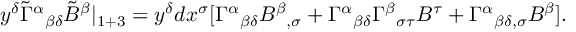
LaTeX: y ^ { \delta } \tilde { \Gamma } ^ { \alpha } { } _ { \beta \delta } \tilde { B } ^ { \beta } | _ { 1 + 3 } = y ^ { \delta } d x ^ { \sigma } [ \Gamma ^ { \alpha } { } _ { \beta \delta } B ^ { \beta } { } _ { , \sigma } + \Gamma ^ { \alpha } { } _ { \beta \delta } \Gamma ^ { \beta } { } _ { \sigma \tau } B ^ { \tau } + \Gamma ^ { \alpha } { } _ { \beta \delta , \sigma } B ^ { \beta } ] .